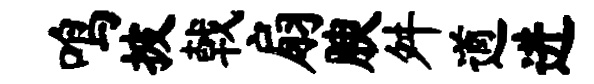
鸣披戟扇腴舛遒进